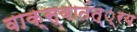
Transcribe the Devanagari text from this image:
वाक्स्वातंत््रय